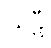
ဃဋီ